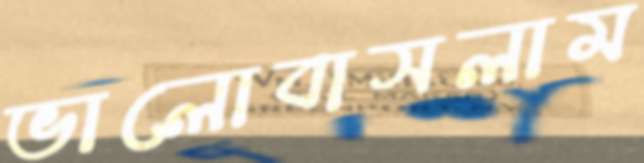
ভালোবাসলাম